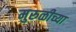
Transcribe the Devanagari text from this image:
मुरुळीच्या